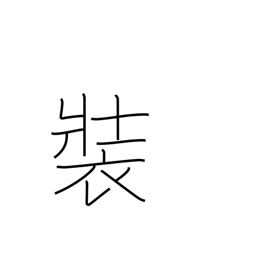
Meaning: profess